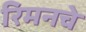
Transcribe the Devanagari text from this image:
रिमनचे